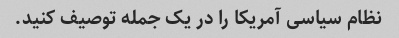
نظام سیاسی آمریکا را در یک جمله توصیف کنید.